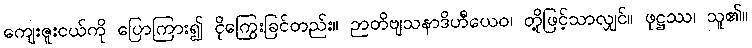
ကျေးဇူးငယ်ကို ပြောကြား၍ ငိုကြွေးခြင်တည်း။ ဉာတိဗျသနာဒိဟီယေဝ၊ တို့ဖြင့်သာလျှင်။ ဖုဋ္ဌဿ၊ သူ၏။